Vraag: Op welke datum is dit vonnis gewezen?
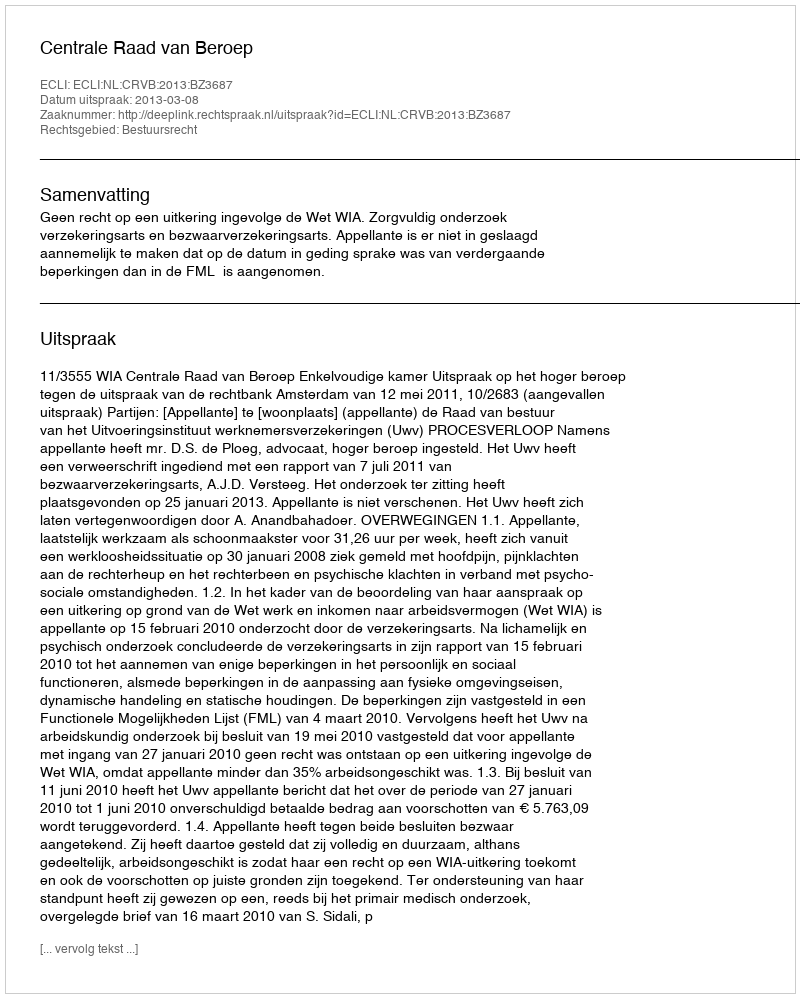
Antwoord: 2013-03-08